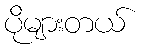
ပိုများတယ်